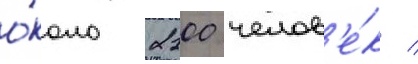
о́коло 2100 челов'е́к /